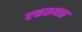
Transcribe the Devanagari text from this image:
एकरूपात